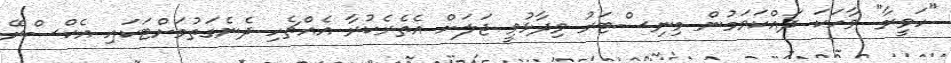
"ހަވީރާ" ވާހަކަ ދައްކަވަމުން މިނިސްޓަރު ވިދާޅުވީ ޖަލަށް އެތެރެކުރާ އެއްޗެހި ދެނެގަތުމަށްޓަކައި އެކްސްރޭ